Annual statistical returns and brief notes on vaccination in Bengal - 1896-1909
Year: 1896
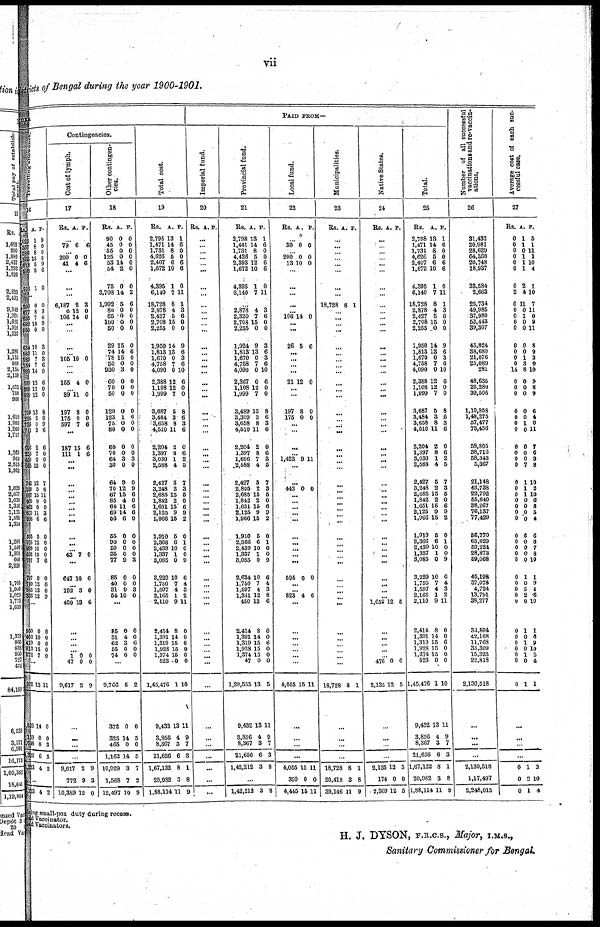
vii
District of Bengal during the year 1900-1901.
TUES
Traveling allowance
16
Rs.
025
357
596
863 018
598
590
A.
1
8
8
13
5
8
1
P.
9
0
0
0
9
6
0
...
200
877
635
692
860
634
583
525
654
999
599
288
899
0
8
7
10
0
10
11
7
7
14
12
12
12
0
3
6
9
0
3
0
3
6
0
6
0
0
...
759
206
728
713
696
256
650
595
742
1,100
997
400
482
625
636
595
706
999
598
787
797
700
343
336
18
2
0
3
2
7
0
12
12
5
15
0
0
11
6
5
12
10
10
7
0
12
12
12
8
0
9
6
6
0
0
0
7
6
11
0
0
3
6
0
0
0
0
6
0
6
0
9
...
950
400
419 913
572
0
10
0
15
7
0
0
0
0
0
...
902
520
159
640
320
223
13
14
0
8
6
4
11
0
0
3
3
2
...
223 4 2
Contingencies.
Cost of lymph.
17
Rs. A. P.
...
79 6 6
...
200
41
0
4
0
6
...
...
...
6,187
0
106
2
12
14
3
0
0
...
...
...
...
105 10 0
... ...
165 4 0
...
89 11 0
...
197
175
597
8
0
7
0
0
6
...
187
111
15
1
6
6
...
...
...
...
...
...
...
...
...
...
...
...
43 7 0
...
647 10 6
...
192 8 0
...
450 13 6
...
...
... ...
1
47
9,617
0
0
2
0
0
9
...
...
...
...
9,617
772
10,389
2
9
12
9
3
0
Other contingen-
cies.
18
Rs.
90
45
55
125
53
54
75
3,708
1,992
80
65
100
50
29
74
78
50
930
60
70
50
A.
0
0
0
0
14
2
0
14
5
0
0
0
0
15
14 15
0
3
0
0
0
P.
0
0
0
0
0
0
0
2
6
0
0
0
0
0
6 0
0
0
0
0
0
...
120
123
75
80
60
70
64
30
64
70
67
85
64
69
56
55
90
50
35
77
85
40
31
54
0
1
0
0
0
0
3
0
9
12
15
4
11
14
6
0
0
0
0
9
0
0
9
10
0
6
0
0
0
0
3
0
0
9
6
0
6
6
0
0
0
0
0
3
0
0
3
0
...
85
31
62
55
74
0
4
3
0
0
0
0
6
0
0
...
9,766
372
325
465
1,162
10,929
1,568
12,497
6
0
14
0
14
3
7
10
2
0
5
0
5
7
2
9
Total cost.
19
Rs.
2,798
1,471
1,731
4,626
2,407
1,672
4,395
6,140
18,728
2,878
2,427
2,708
2,255
1,950
1,813
1,670
4,758
4,090
2,388
1,108
1,999
A.
13
14
8
5
6
10
1
7
8
4
5
15
0
14
13
0
7
0
12
12
7
P.
1
6
0
0
6
6
0
11
1
3
6
0
0
9
6
3
6
10
6
0
0
...
3,687
3,484
3,658
4,510
2,204
1,397
3,030
2,588
8,427
3,248
2,685
1,842
1,651
2,125
1,966
1,910
2,366
2,439
1,337
3,085
3,229
1,750
1,597
2,165
2,110
2,414
1,391
1,319
1,928
1,374
523
1,45,476
9,432
3,856
8,367
21,656
1,67,132
20,982
1,88,114
5
3
8
11
2
8
1
4
5
2
15
2
15
9
15
5
6
10
1
0
10
7
4
1
9
8
14
15
15
15
0
1
13
4
3
6
8
3
11
8
6
3
6
0
6
2
5
7
3
5
0
6
9
2
0
1
0
0
9
6
4
3
2
11
0
0
6
0
0
0
10
11
9
7
3
1
8
9
PAID FROM—
Imperial fund.
20
Rs. A. P.
...
...
...
...
...
...
...
...
...
...
...
...
...
...
...
...
...
...
...
...
...
...
...
...
... ...
...
... ...
...
...
...
...
...
...
... ...
...
...
... ... ...
...
... ...
...
...
...
...
... ...
...
...
...
...
...
...
...
...
...
...
Provincial fund.
21
Rs.
2,798
1,441
1,731
4,426
2,393
1,672
4,395
6,140
A.
13
14
8
5
12
10
1
7
P.
1
6
0
0
6
6
0
11
...
2,878
2,320
2,708
2,255
1,924
1,813
1,670
4,758
4,090
2,367
1,108
1,999
4
7
15
0
9
13
0
7
0
0
12
7
3
6
0
0
3
6
3
6
10
6
0
0
...
3,489
3,309
3,658
4,510
2,204
1,397
1,606
2,588
2,427
2,805
2,685
1,842
1,651
2,125
1,966
1,910
2,366
2,439
1,337
3,085
2,634
1,750
1,597
1,341
450
2,414
1,391
1,319
1,928
1,374
47
1,20,555
9,432
3,856
8,367
21,656
1,42,212
13
3
8
11
2
8
7
4
5
2
15
2
15
9
15
5
6
10
1
0
10
7
4
12
13
8
14
15
15
15
0
13
13
4
3
6
3
8
6
3
6
0
6
3
5
7
3
6
0
6
9
2
0
1
0
0
9
6
4
3
8
6
0
0
6
0
0
0
5
11
9
7
3
8
...
1,42,212 3 8
Local fund.
22
Rs. A. P.
...
30 0 0
... 200
13
0
10
0
0
...
...
...
...
...
106 14 0
... ...
26 5 6
...
...
...
...
21 12 0
...
...
...
197
175
8
0
0
0
... ...
...
...
1,423 9 11
...
...
443 0 0
...
...
...
...
...
...
...
... ...
...
595 0 0
...
...
823 4 6
...
...
...
... ...
...
...
4,055 15 11
...
...
...
...
4,055
390
4,445
15
0
15
11
0
11
Municipalities.
23
Rs. A. P.
...
...
...
...
...
...
...
...
18,728 8 1
...
... ...
...
...
...
...
... ...
...
...
...
... ...
...
...
...
...
...
...
...
...
... ...
...
...
...
...
... ... ...
...
...
... ... ...
...
...
...
... ...
... ...
18,728 8 1
...
...
...
...
18,728
20,418
39,146
8
3
11
1
8
9
Native States.
24
Rs. A. P.
...
...
...
...
...
...
...
...
...
...
...
...
...
...
...
...
... ...
...
...
...
...
...
...
...
...
...
... ...
...
...
...
...
...
...
...
...
...
...
... ...
...
...
... ...
... 1,659 12 5
...
...
... ...
... 476
2,135
0
12
0
5
...
...
...
...
2,135
174
2,309
12
0
12
5
0
5
Total.
25
Rs.
2,798
1,471
1,731
4,626
2,407
1,672
4,395
6,140
18,728
2,878
2,427
2,708
2,255
1,950
1,813
1,670
4,758
4,090
2,388
1,108
1,999
A.
13
14
8
5
6
10
1
7
8
4
5
15
0
14
13
0
7
0
12
12
7
P.
1
6
0
0
6
6
0
11
1
3
6
0
0
9
6
3
6
10
6
0
0
...
3,687
3,484
3,658
4,510
2,204
1,397
3,030
2,588
2,427
3,248
2,685
1,842
1,651
2,125
1,966
1,910
2,366
2,439
1,337
3,085
3,229
1,750
1,597
2,165
2,110
2,414
1,391
1,319
1,928
1,374
523
1,45,476
9,432
3,856
8,367
21,656
1,67,132
20,982
1,88,114
5
3
8
11
2
8
1
4
5
2
15
2
16
9
15
5
6
10
1
0
10
7
4
1
9
8
14
15
15
15
0
1
13
4
3
6
8
3
11
8
6
3
6
0
6
2
5
7
3
5
0
6
9
2
0
1
0
0
9
6
4
3
2
11
0
0
6
0
0
0
10
11
9
7
3
1
8
9
Number of all successful
vaccinations and re-vaccin-
ations.
26
31,432
20,981
28,629
64,366
20,748
18,937
33,584
2,663
25,734
49,985
37,980
53,443
39,307
45,824
38,680
21,076
25,089
281
48,635
26,280
39,506
...
1,10,958
1,48,275
57,477
73,456
58,805
38,716
58,343
5,367
21,148
43,738
22,792
55,640
38,267
76,137
77,429
56,770
65,829
59,224
28,873
59,068
45,198
37,076
4,724
13,791
38,277
34,594
42,168
11,768
35,309
15,323
22,818
2,130,518
...
...
...
...
2,130,518
1,17,497
2,248,015
Average cost of each suc-
cessful case.
27
Rs.
0
0
0
0
0
0
0
2
0
0
0
0
0
0
0
0
0
14
0
0
0
A.
1
1
0
1
1
1
2
4
11
0
1
0
0
0
0
1
3
8
0
0
0
P.
5
1
11
1
10
4
1
10
7
11 0
9
11
8
9
3
0
10
9
8
9
...
0
0
0
0
0
0
0
0
0
0
0
0
0
0
0
0
0
0
0
0
0
0
0
0
0
0
0
0
0
0
0
0
0
0
1
0
0
0
0
7
1
1
1
0
0
0
0
6
0
0
0
0
1
0
5
2
0
1
0
1
0
1
0
1
6
4
0
11
7
6
9
8
10
2
10
6
8
5
4
6
6
7
8
10
1
9
4
6
10
1
6
9
10
5
4
1
...
...
...
...
0
0
0
1
2
1
3
10
4
doing small-pox duty during recess.
ead Vaccinator.
ead Vaccinators.
H. J. DYSON, F.R.C.S., Major, I.M.S.,
Sanitary Commissioner for Bengal.